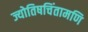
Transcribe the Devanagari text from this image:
ज्योतिषचिंतामणि